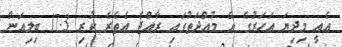
އެއީ މިދިޔަ އަހަރުގެ އެ މުއްދަތުގައި ރާއްޖެ އެތެރެ ކުރި 17.3 ބިލިއަން